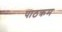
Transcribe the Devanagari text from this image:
पाठक्रम